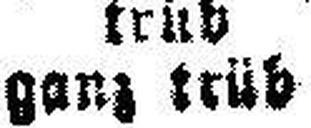
ganz trüb